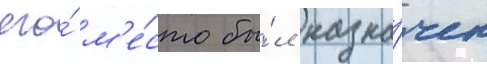
его́ м'е́сто бы́л назна́чен